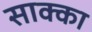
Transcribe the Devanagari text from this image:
साक्का